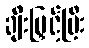
ချီးမြှင့်ပြီး